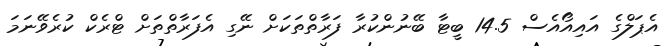
އެޕަލްގެ އައިއޯއެސް 14.5 ބީޓާ ބޭނުންކުރާ ފަރާތްތަކަށް ނޭގި އެފަރާތްތަށް ޓްރެކް ކުރެވޭނަމަ